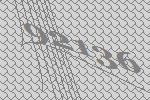
92136